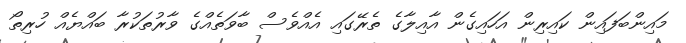
މައިންބަފައިން ކައިރިން އަހައިގެން އާއިލާގެ ތެރޭގައި އެއްވެސް ބާވަތެއްގެ ވާރުތަކުރާ ބައްޔެއް ހުރިތޯ